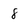
Character: 8